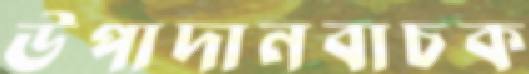
উপাদানবাচক